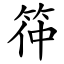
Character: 筗